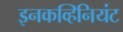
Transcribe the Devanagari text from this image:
इनकव्हिनियंट